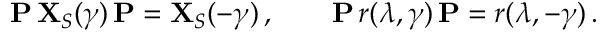
{ \bf P } \, { \bf X } _ { S } ( \gamma ) \, { \bf P } = { \bf X } _ { S } ( - \gamma ) \, , \qquad { \bf P } \, r ( \lambda , \gamma ) \, { \bf P } = r ( \lambda , - \gamma ) \, .